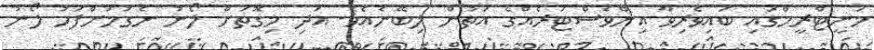
މަނީޓްރީމްގައި ބައިވެރިވާ އިންވެސްޓަރެއްގެ އަތުން ލިބޭނެއެވެ. އަދި މިގޮތަށް ލޯނު ނެގުމަށްފަހު ލޯނު